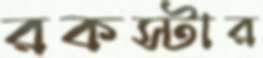
রকস্টার